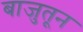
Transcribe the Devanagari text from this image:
बाजुतून